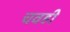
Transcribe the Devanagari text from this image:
चवही